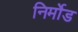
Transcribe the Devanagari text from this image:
निर्मोड